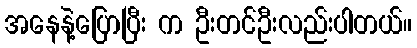
အနေနဲ့ပြောပြီး က ဦးတင်ဦးလည်းပါတယ်။